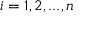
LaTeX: i = 1 , 2 , . . . , n